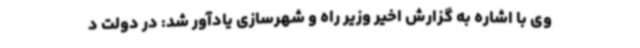
وی با اشاره به گزارش اخیر وزیر راه و شهرسازی یادآور شد: در دولت د